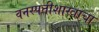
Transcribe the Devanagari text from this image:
वनस्पतीशास्त्राचा